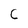
Character: C